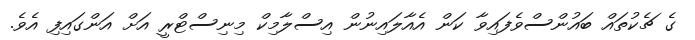
ގެ ޗެކުތައް ބައުންސްވެފައިވާ ކަން އެއާލައިނުން އިސްލާމިކް މިނިސްޓްރީ އަށް އަންގައިފި އެވެ.